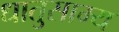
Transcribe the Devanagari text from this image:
धातुसाम्य